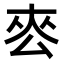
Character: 𭆜